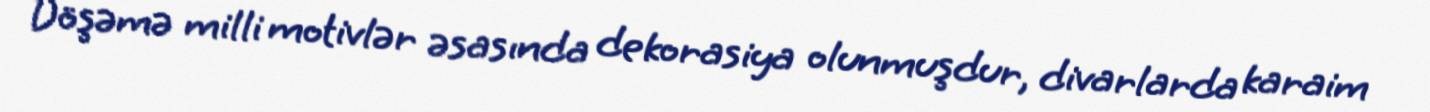
Döşəmə milli motivlər əsasında dekorasiya olunmuşdur, divarlarda karaim